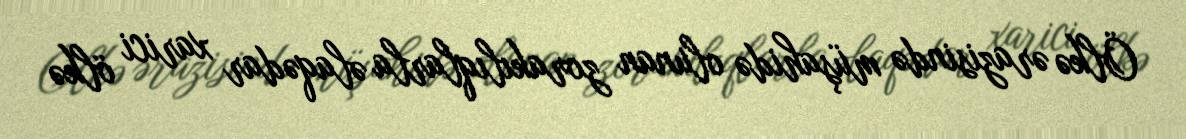
Ölkə ərazisində müşahidə olunan zorakılıqlarla əlaqədar xarici ölkə